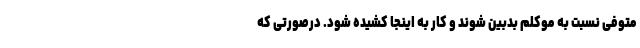
متوفی نسبت به موکلم بدبین شوند و کار به اینجا کشیده شود. درصورتی که